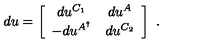
d u = \left[ \begin{array} { c c } { d u ^ { C _ { 1 } } } & { d u ^ { A } } \\ { - d u ^ { A ^ { \dagger } } } & { d u ^ { C _ { 2 } } } \\ \end{array} \right] \ .